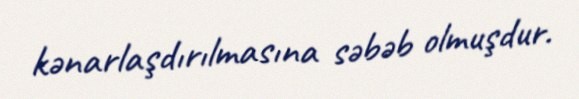
kənarlaşdırılmasına səbəb olmuşdur.